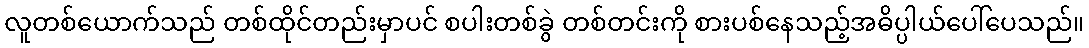
လူတစ်ယောက်သည် တစ်ထိုင်တည်းမှာပင် စပါးတစ်ခွဲ တစ်တင်းကို စားပစ်နေသည့်အဓိပ္ပါယ်ပေါ်ပေသည်။